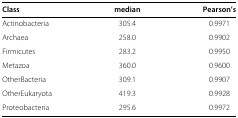
<table><thead><tr><td><b>Class</b></td><td><b>median</b></td><td><b>Pearson’s</b></td></tr></thead><tbody><tr><td>Actinobacteria</td><td>305.4</td><td>0.9971</td></tr><tr><td>Archaea</td><td>258.0</td><td>0.9902</td></tr><tr><td>Firmicutes</td><td>283.2</td><td>0.9950</td></tr><tr><td>Metazoa</td><td>360.0</td><td>0.9600</td></tr><tr><td>OtherBacteria</td><td>309.1</td><td>0.9907</td></tr><tr><td>OtherEukaryota</td><td>419.3</td><td>0.9928</td></tr><tr><td>Proteobacteria</td><td>295.6</td><td>0.9972</td></tr></tbody></table>